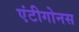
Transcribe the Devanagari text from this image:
एंटीगोनस